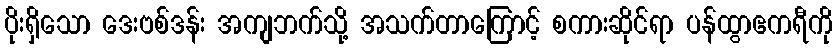
ပိုးရှိသော ဒေးဗစ်ဒန်း အကျဘက်သို့ အသက်တာကြောင့် စကားဆိုင်ရာ ပန်ထွာဧကရီကို